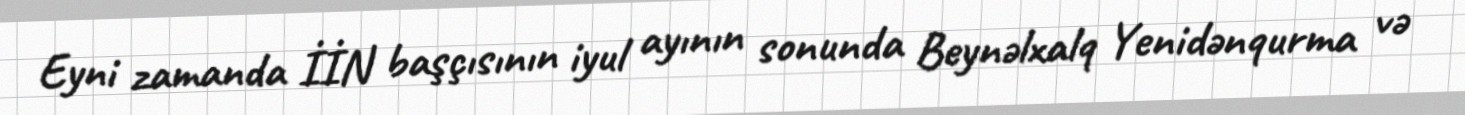
Eyni zamanda İİN başçısının iyul ayının sonunda Beynəlxalq Yenidənqurma və